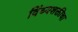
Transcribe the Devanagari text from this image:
विंध्यशक्तीचा